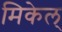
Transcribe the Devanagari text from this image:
मिकेल्